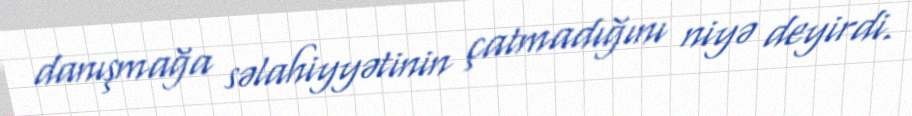
danışmağa səlahiyyətinin çatmadığını niyə deyirdi.